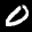
Label: 0